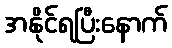
အနိုင်ရပြီးနောက်